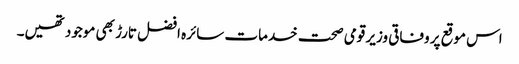
اس موقع پر وفاقی وزیر قومی صحت خدمات سائرہ افضل تارڑ بھی موجود تھیں۔